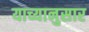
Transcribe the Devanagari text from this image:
याच्यानुसार